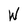
Character: W